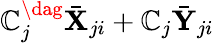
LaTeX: {\mathbb{C}_{j}^{\dag}{\bar{{\mathbf{X}}}}_{ji}+\mathbb{C}_{j}{\bar{{\mathbf{Y}}}}_{ji}}